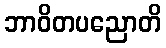
ဘာဝိတပညောတိ